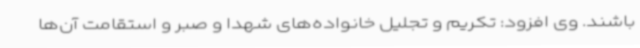
باشند. وی افزود: تکریم و تجلیل خانواده‌های شهدا و صبر و استقامت آن‌ها